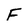
Character: F